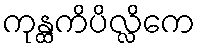
ကုန္ထကိပိလ္လိကေ